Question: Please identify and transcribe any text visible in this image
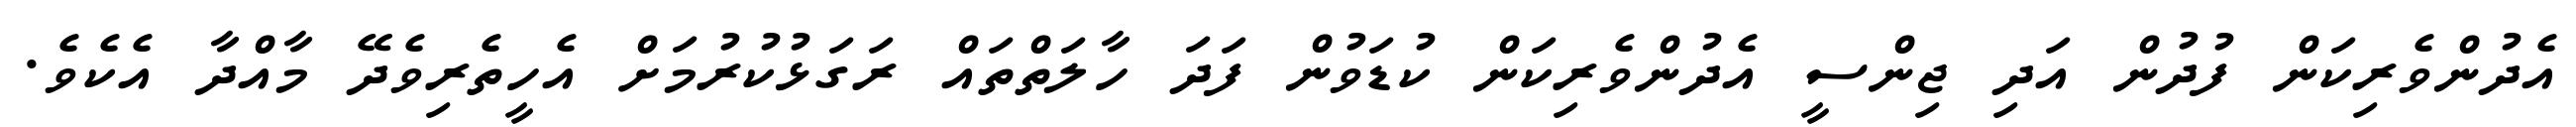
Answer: އެދުންވެރިކަން ފުދުން އަދި ޖިންސީ އެދުންވެރިކަން ކުޑަވުން ފަދަ ހާލަތްތައް ރަގަޅުކުރުމަށް އެހީތެރިވެދޭ މާއްދާ އެކެވެ.